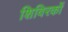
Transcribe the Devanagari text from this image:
शिविरकों